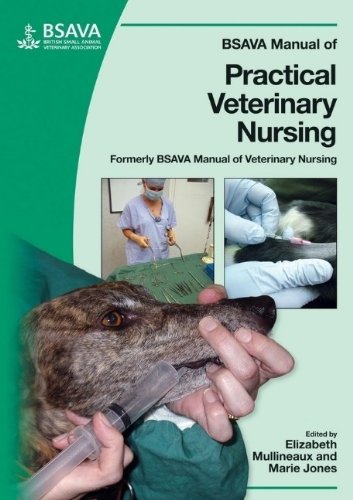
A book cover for BSAVA Manual of Practical Veterinary Nursing; Medical Books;